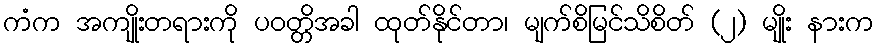
ကံက အကျိုးတရားကို ပဝတ္တိအခါ ထုတ်နိုင်တာ၊ မျက်စိမြင်သိစိတ် (၂) မျိုး နားက